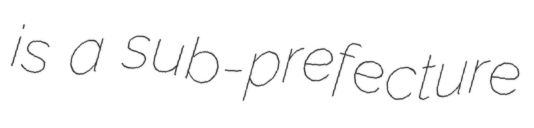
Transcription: is a sub-prefecture